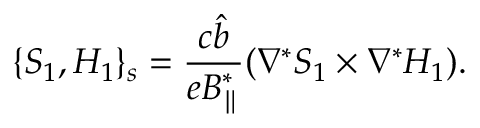
\{ S _ { 1 } , H _ { 1 } \} _ { s } = \frac { c \hat { b } } { e B _ { \parallel } ^ { * } } ( \nabla ^ { * } S _ { 1 } \times \nabla ^ { * } H _ { 1 } ) .